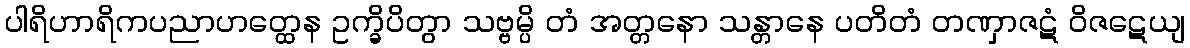
ပါရိဟာရိကပညာဟတ္ထေန ဥက္ခိပိတွာ သဗ္ဗမ္ပိ တံ အတ္တနော သန္တာနေ ပတိတံ တဏှာဇဋံ ဝိဇဋေယျ